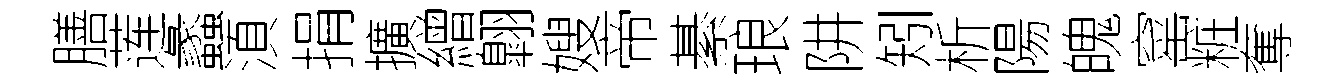
膳莲蠡湏捐擴繒翺嫂帝綦琅阱矧析陽魄窰粧奪